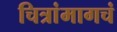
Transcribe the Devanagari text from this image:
चित्रांमागचं